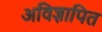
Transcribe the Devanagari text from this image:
अविज्ञापित